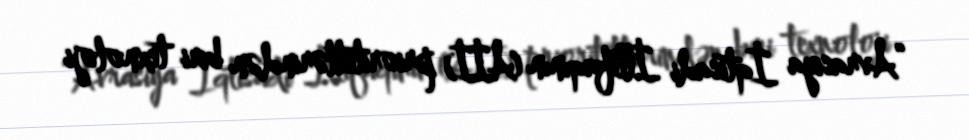
“Avrasiya İqtisadi İttifaqının (Aİİ) prioritetlərindən biri texnoloji